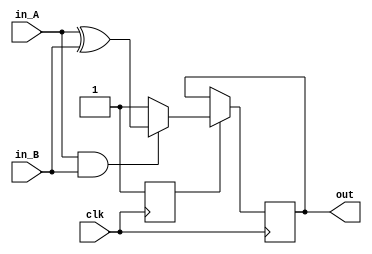
module serial_adder(// after keyword "module" is its name and portlist, thanks to 
// which you can communicate with the environment.   
  input clk,
  input in_A, in_B,
  output out
);

  reg flag = 0; // internal variable declaration
  reg out = 0;

  always@(posedge clk)
    begin
      if(!flag) flag = 1;
      else out = (!(in_A & in_B)) ? 1 : in_A ^ in_B;
    end 
endmodule